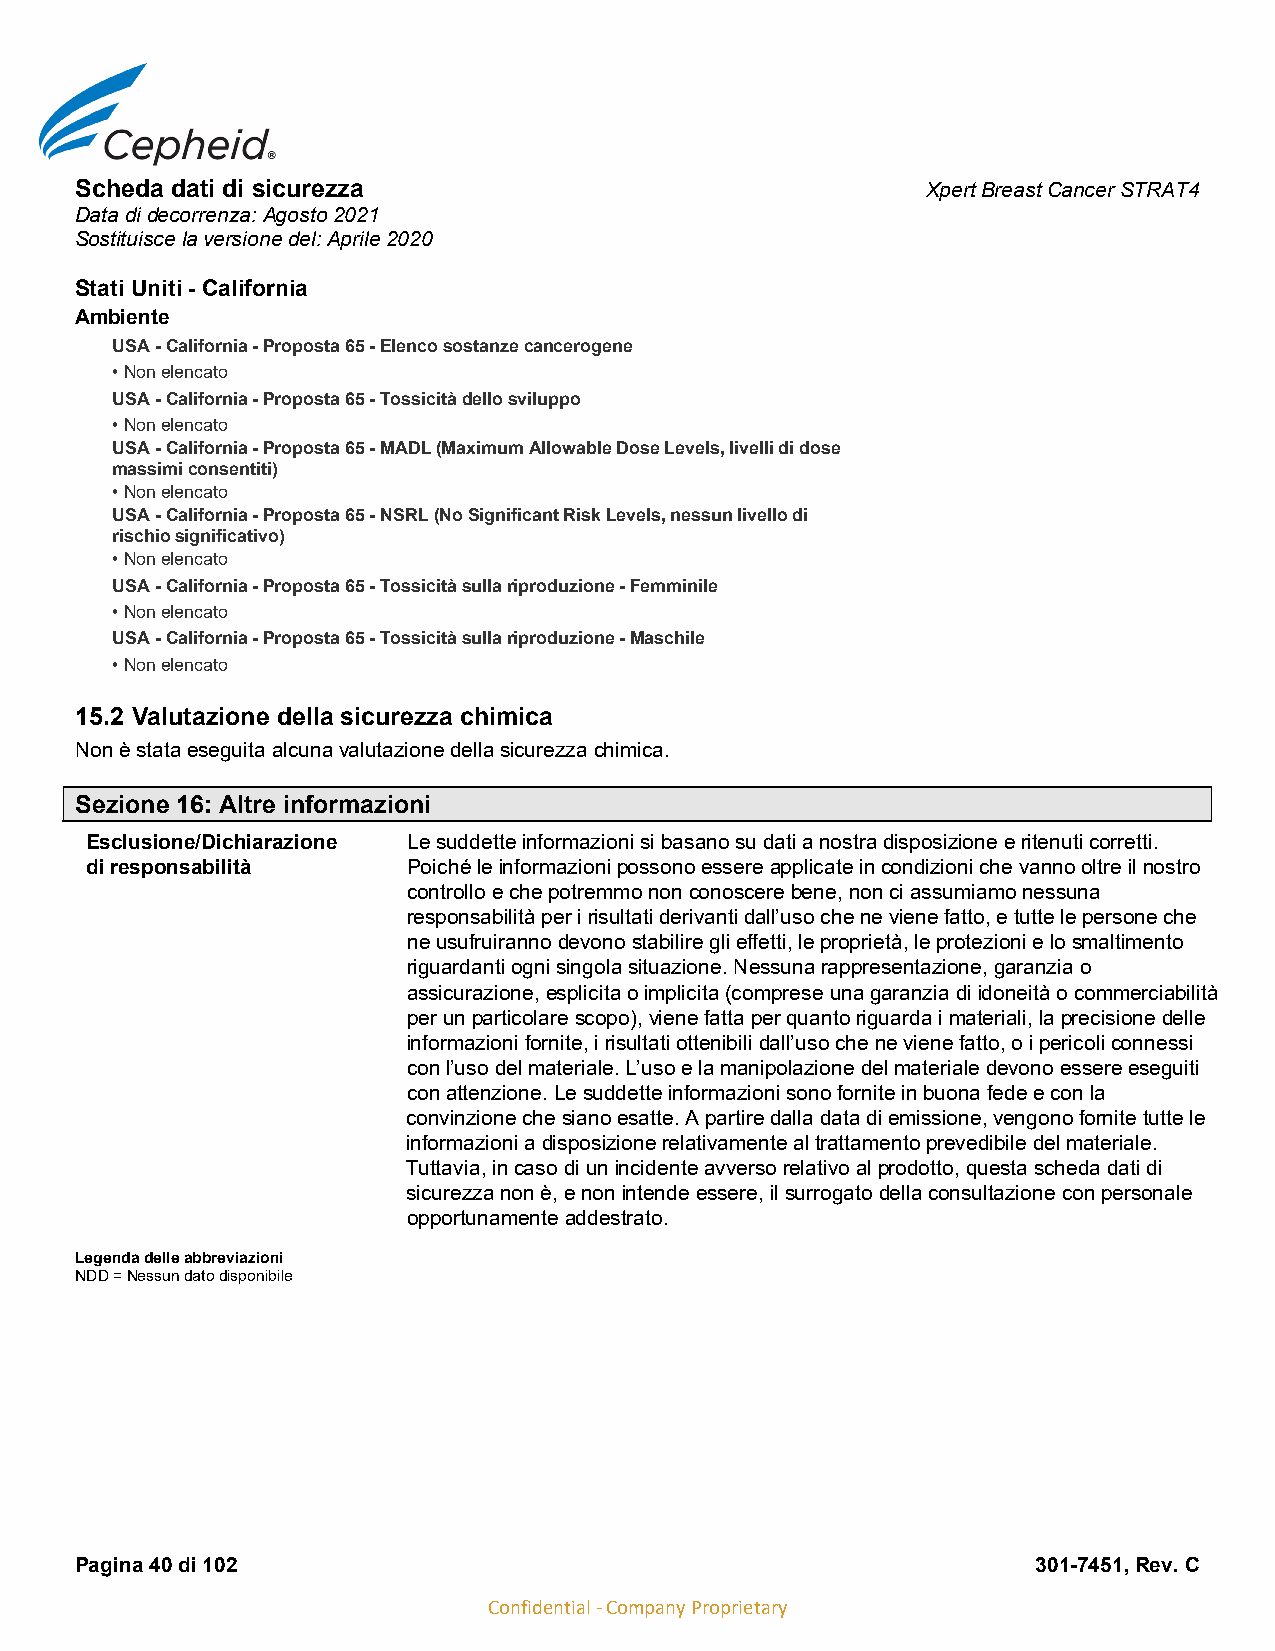
Scheda dati di sicurezza                                Xpert Breast Cancer STRAT4
 Data di decorrenza: Agosto 2021
 Sostituisce la versione del: Aprile 2020
 Stati Uniti - California
 Ambiente
 USA - California - Proposta 65 - Elenco sostanze cancerogene
 • Non elencato
 USA - California - Proposta 65 - Tossicità dello sviluppo
 • Non elencato
 USA - California - Proposta 65 - MADL (Maximum Allowable Dose Levels, livelli di dose
 massimi consentiti)
 • Non elencato
 USA - California - Proposta 65 - NSRL (No Significant Risk Levels, nessun livello di
 rischio significativo)
 • Non elencato
 USA - California - Proposta 65 - Tossicità sulla riproduzione - Femminile
 • Non elencato
 USA - California - Proposta 65 - Tossicità sulla riproduzione - Maschile
 • Non elencato
 15.2 Valutazione della sicurezza chimica
 Non è stata eseguita alcuna valutazione della sicurezza chimica.
 Sezione 16: Altre informazioni
 Esclusione/Dichiarazione Le suddette informazioni si basano su dati a nostra disposizione e ritenuti corretti.
 di responsabilità    Poiché le informazioni possono essere applicate in condizioni che vanno oltre il nostro
 controllo e che potremmo non conoscere bene, non ci assumiamo nessuna
 responsabilità per i risultati derivanti dall’uso che ne viene fatto, e tutte le persone che
 ne usufruiranno devono stabilire gli effetti, le proprietà, le protezioni e lo smaltimento
 riguardanti ogni singola situazione. Nessuna rappresentazione, garanzia o
 assicurazione, esplicita o implicita (comprese una garanzia di idoneità o commerciabilità
 per un particolare scopo), viene fatta per quanto riguarda i materiali, la precisione delle
 informazioni fornite, i risultati ottenibili dall’uso che ne viene fatto, o i pericoli connessi
 con l’uso del materiale. L’uso e la manipolazione del materiale devono essere eseguiti
 con attenzione. Le suddette informazioni sono fornite in buona fede e con la
 convinzione che siano esatte. A partire dalla data di emissione, vengono fornite tutte le
 informazioni a disposizione relativamente al trattamento prevedibile del materiale.
 Tuttavia, in caso di un incidente avverso relativo al prodotto, questa scheda dati di
 sicurezza non è, e non intende essere, il surrogato della consultazione con personale
 opportunamente addestrato.
 Legenda delle abbreviazioni
 NDD = Nessun dato disponibile
 Pagina 40 di 102                                                301-7451, Rev. C
 Confidential - Company Proprietary